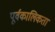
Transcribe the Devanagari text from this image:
पूर्वकालिकता